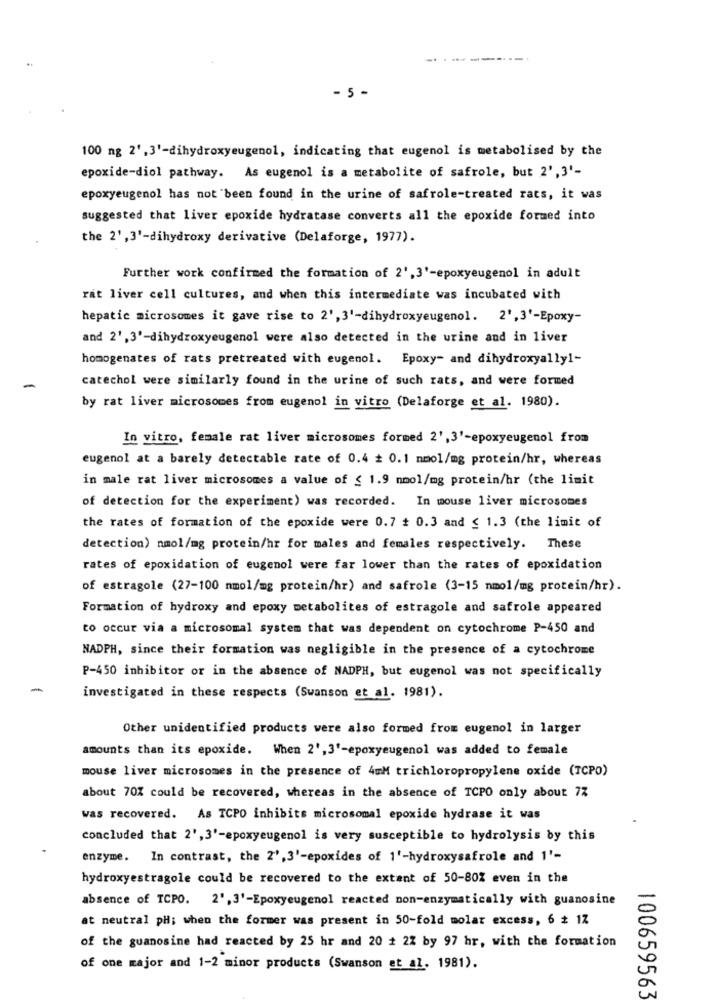
.....
- 5 -
100 ng 2' ,3'-dihydroxyeugenol, indicating that eugenol is metabolised by the
epoxide-diol pathway. As eugenol is a metabolite of safrole, but 2',3'-
epoxyeugenol has not been found in the urine of safrole-treated rats, it was
suggested that liver epoxide hydratase converts all the epoxide formed into
the 2',3'-dihydroxy derivative (Delaforge, 1977).
Further work confirmed the formation of 2',3'-epoxyeugenol in adult
rat liver cell cultures, and when this intermediate was incubated with
hepatic microsomes it gave rise to 2', 3'-dihydroxyeugenol. 2',3'-Epoxy-
and 2' , 3'-dihydroxyeugenol were also detected in the urine and in liver
homogenates of rats pretreated with eugenol. Epoxy- and dihydroxyally1-
catechol were similarly found in the urine of such rats, and were formed
by rat liver microsomes from eugenol in vitro (Delaforge et al. 1980).
In vitro, female rat liver microsomes formed 2',3'-epoxyeugenol from
eugenol at a barely detectable rate of 0.4 + 0.1 mmol/mg protein/hr, whereas
in male rat liver microsomes a value of ≤ 1.9 mmol/mg protein/hr (the limit
of detection for the experiment) was recorded. In mouse liver microsomes
the rates of formation of the epoxide were 0.7 : 0.3 and ≤ 1.3 (the limit of
detection) nmol/mg protein/hr for males and females respectively. These
rates of epoxidation of eugenol were far lower than the rates of epoxidation
of estragole (27-100 mmol/mg protein/hr) and safrole (3-15 mmol/mg protein/hr).
Formation of hydroxy and epoxy metabolites of estragole and safrole appeared
to occur via a microsomal system that was dependent on cytochrome P-450 and
NADPH, since their formation was negligible in the presence of a cytochrome
P-450 inhibitor or in the absence of NADPH, but eugenol was not specifically
investigated in these respects (Swanson et al. 1981).
Other unidentified products were also formed from eugenol in larger
amounts than its epoxide. When 2',3'-epoxyeugenol was added to female
mouse liver microsomes in the presence of 4mM trichloropropylene oxide (TCPO)
about 70% could be recovered, whereas in the absence of TCPO only about 77
was recovered. As TCPO inhibits microsomal epoxide hydrase it was
concluded that 2', 3'-epoxyeugenol is very susceptible to hydrolysis by this
enzyme. In contrast, the 2', 3'-epoxides of 1'-hydroxysafrole and 1'-
hydroxyestragole could be recovered to the extent of 50-80% even in the
absence of TCPO. 2', 3'-Epoxyeugenol reacted non-enzymatically with guanosine
at neutral pH; when the former was present in 50-fold molar excess, 6 # 17
of the guanosine had reacted by 25 hr and 20 # 22 by 97 hr, with the formation
of one major and 1-2 minor products (Swanson et al. 1981).
100659563